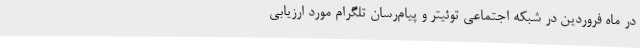
در ماه فروردین در شبکه اجتماعی توئیتر و پیام‌رسان تلگرام مورد ارزیابی